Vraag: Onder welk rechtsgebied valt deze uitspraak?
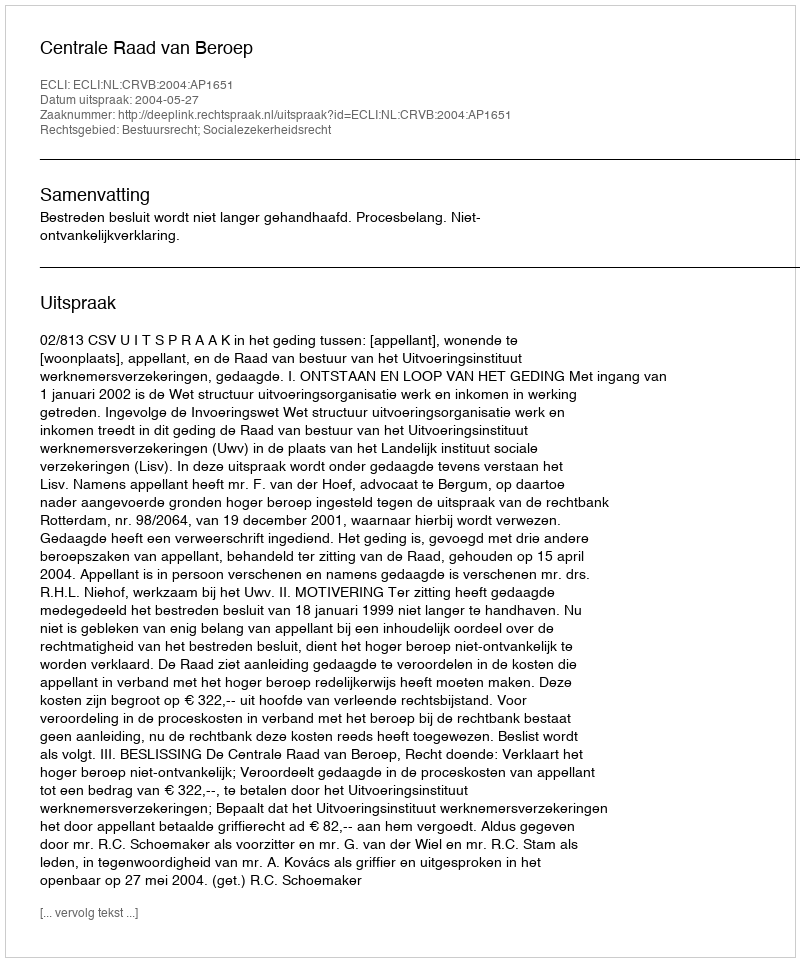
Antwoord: Bestuursrecht; Socialezekerheidsrecht